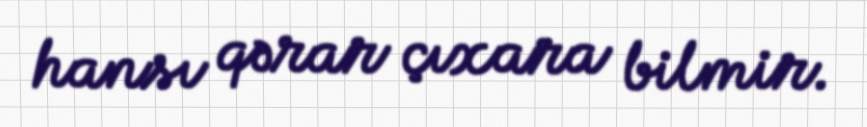
hansı qərar çıxara bilmir.